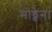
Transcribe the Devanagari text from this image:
मोड्वेना